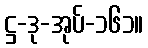
ဋ္ဌ-ဒု-အုပ်-၁၆၁။